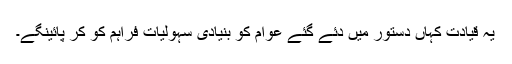
یہ قیادت کہاں دستور میں دئے گئے عوام کو بنیادی سہولیات فراہم کو کر پائینگے۔